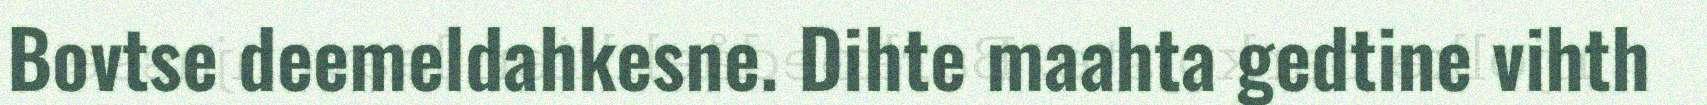
Bovtse deemeldahkesne. Dihte maahta gedtine vihth